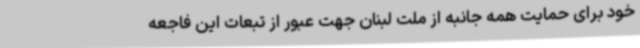
خود برای حمایت همه جانبه از ملت لبنان جهت عبور از تبعات این فاجعه